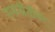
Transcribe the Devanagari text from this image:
रणनीतीवर